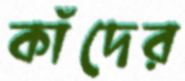
কাঁদের